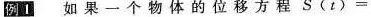
例1 如果一个物体的位移方程$$S ( t ) =